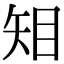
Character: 𥎶